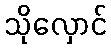
သိုလှောင်